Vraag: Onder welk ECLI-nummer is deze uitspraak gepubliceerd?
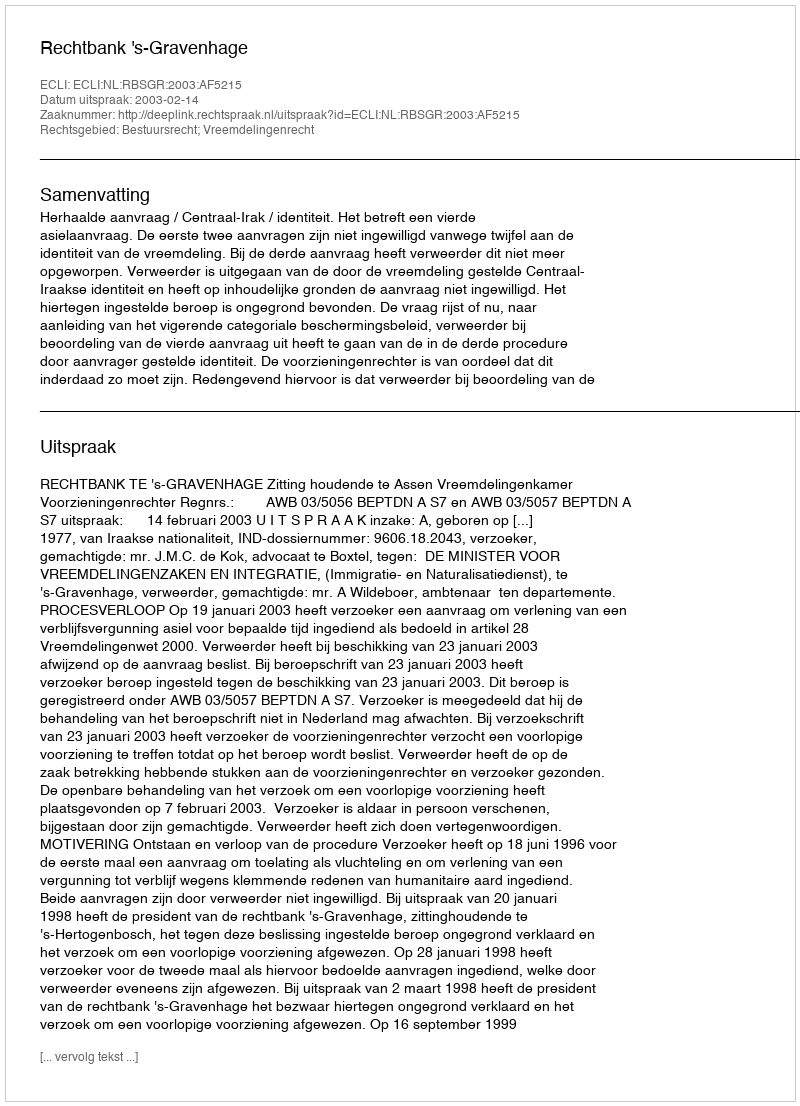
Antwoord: ECLI:NL:RBSGR:2003:AF5215